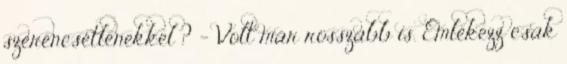
szerencsétlenekkel ? - Volt már rosszabb is. Emlékezz csak